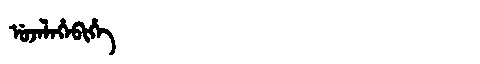
Manchu: ᡠᠵᡝᠯᡝᡥᡝᠪᡳᡥᡝ
Romanization: UJELEHEBIHE